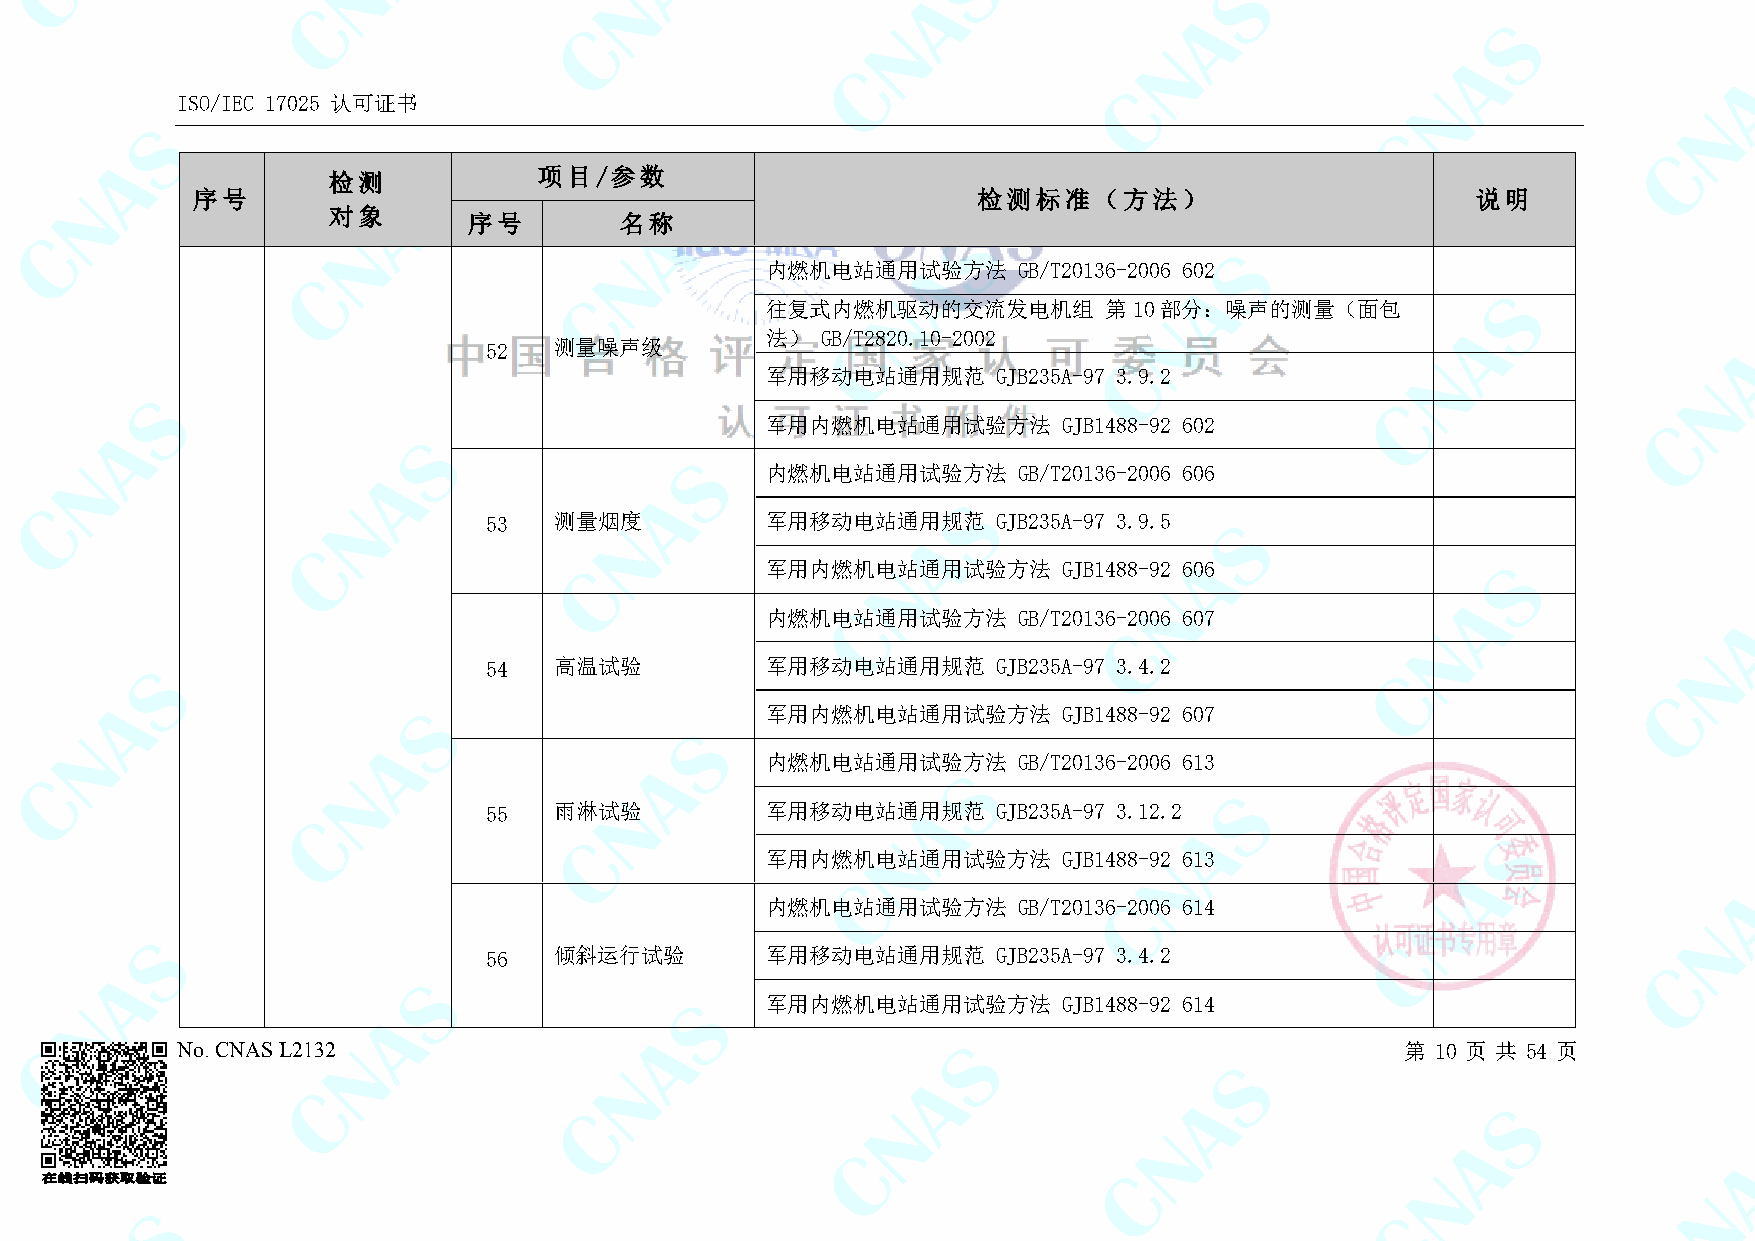
ISO/IEC 17025 认可证书
 检测            项目/参数
 序号                                                  检测标准（方法）                         说明
 对象
 序号        名称
 内燃机电站通用试验方法     GB/T20136-2006 602
 往复式内燃机驱动的交流发电机组       第10部分：噪声的测量（面包
 法） GB/T2820.10-2002
 52   测量噪声级
 军用移动电站通用规范     GJB235A-97 3.9.2
 军用内燃机电站通用试验方法      GJB1488-92 602
 内燃机电站通用试验方法     GB/T20136-2006 606
 53   测量烟度          军用移动电站通用规范     GJB235A-97 3.9.5
 军用内燃机电站通用试验方法      GJB1488-92 606
 内燃机电站通用试验方法     GB/T20136-2006 607
 54   高温试验          军用移动电站通用规范     GJB235A-97 3.4.2
 军用内燃机电站通用试验方法      GJB1488-92 607
 内燃机电站通用试验方法     GB/T20136-2006 613
 55   雨淋试验          军用移动电站通用规范     GJB235A-97 3.12.2
 军用内燃机电站通用试验方法      GJB1488-92 613
 内燃机电站通用试验方法     GB/T20136-2006 614
 56   倾斜运行试验        军用移动电站通用规范     GJB235A-97 3.4.2
 军用内燃机电站通用试验方法      GJB1488-92 614
 No. CNAS L2132                                                                   第 10 页 共 54 页